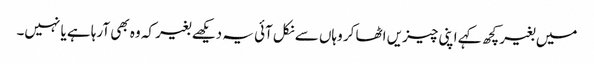
میں بغیر کچھ کہے اپنی چیزیں اٹھا کر وہاں سے نکل آئی یہ دیکھے بغیر کہ وہ بھی آرہا ہے یا نہیں۔